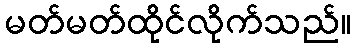
မတ်မတ်ထိုင်လိုက်သည်။